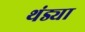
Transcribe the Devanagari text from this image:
थंड्या